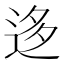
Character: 迻